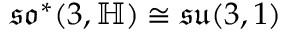
{ \mathfrak { s o } } ^ { * } ( 3 , \mathbb { H } ) \cong { \mathfrak { s u } } ( 3 , 1 )